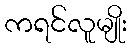
ကရင်လူမျိုး